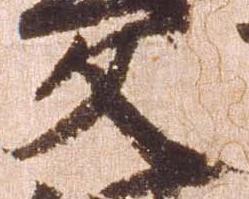
文